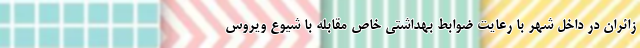
زائران در داخل شهر با رعایت ضوابط بهداشتی خاص مقابله با شیوع ویروس